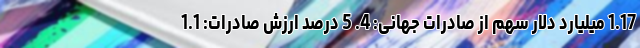
1.17 میلیارد دلار سهم از صادرات جهانی: 4. 5 درصد ارزش صادرات: 1.1